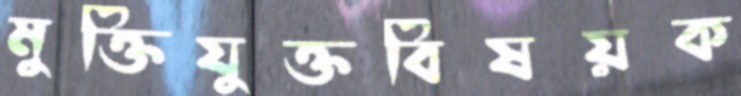
মুক্তিযুক্তবিষয়ক